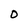
Character: O